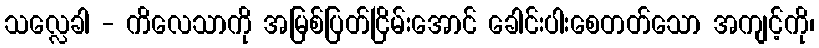
သလ္လေခါ - ကိလေသာကို အမြစ်ပြတ်ငြိမ်းအောင် ခေါင်းပါးစေတတ်သော အကျင့်ကို၊